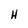
Character: H